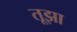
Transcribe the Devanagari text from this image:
तूझा